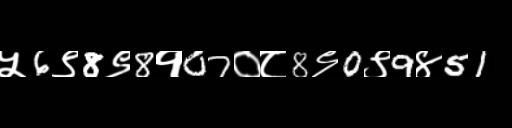
Text: ५6९8९8१07०८8९0९9४51